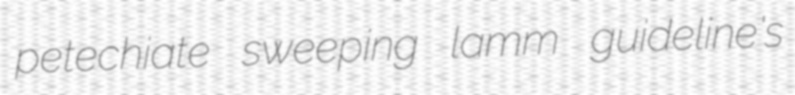
petechiate sweeping lamm guideline's